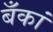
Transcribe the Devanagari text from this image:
बँकां